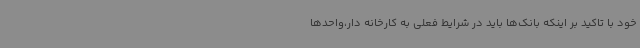
خود با تاکید بر اینکه بانک‌ها باید در شرایط فعلی به کارخانه دار،واحدها